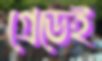
গ্রেডেই